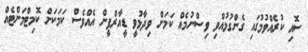
ސޮއި ކުރެއްވުމުގައި ގެންގުޅުއްވި ވިސްނުމެއް ކަމަށް ވިދާޅުވީ ޑީއާރްޕީން އެއްވެސް ކަމަކަށް ކޮމިޓްމަންޓެއް